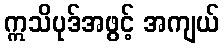
ဣသိပုဒ်အဖွင့် အကျယ်